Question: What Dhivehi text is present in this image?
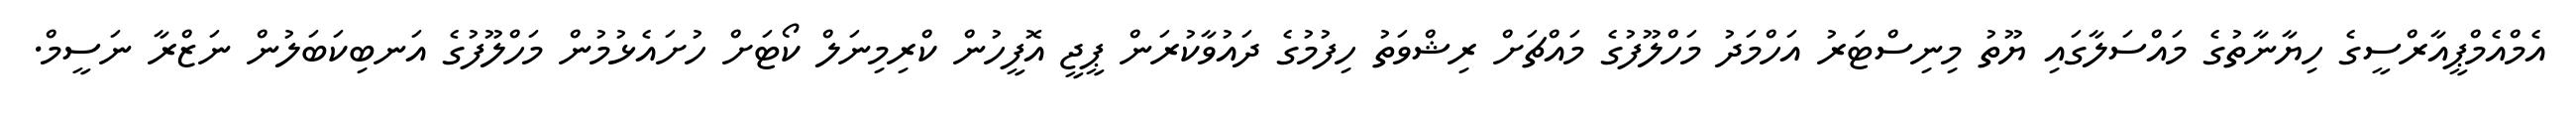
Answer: އެމްއެމްޕީއާރްސީގެ ހިޔާނާތުގެ މައްސަލާގައި ޔޫތު މިނިސްޓަރު އަހްމަދު މަހްލޫފުގެ މައްޗަށް ރިޝްވަތު ހިފުމުގެ ދައުވާކުރަން ޕީޖީ އޮފީހުން ކްރިމިނަލް ކޯޓަށް ހުށައެޅުމުން މަހްލޫފުގެ އަނބިކަބަލުން ނަޒްރާ ނަސީމް.